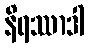
နိရဿာဒါ